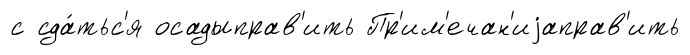
с сда́тьс'я осадыправ'ить Пр'им'ечан'иjаправ'ить